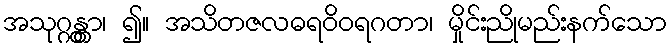
အသုဂ္ဂန္တွာ၊ ၍။ အသိတဇလဓရဝိဝရဂတာ၊ မှိုင်းညိုမည်းနက်သော